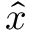
\hat { x }